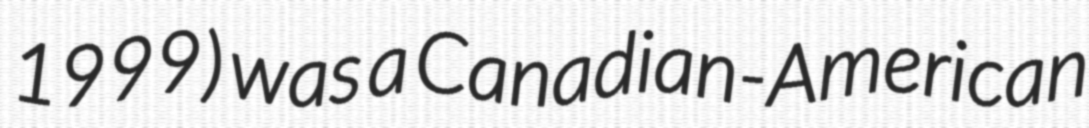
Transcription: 1999) was a Canadian-American